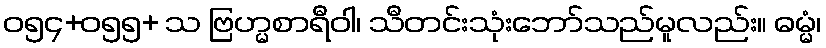
ဝ၅၄+၀၅၅+ သ ဗြဟ္မစာရီဝါ၊ သီတင်းသုံးဘော်သည်မူလည်း။ ဓမ္မံ၊